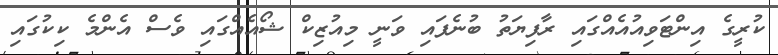
ކުރީގެ އިންޓަވިއުއެއްގައި ރާފިޔަތު ބުނެފައި ވަނީ މިއުޒިކް ޝޯއެއްގައި ވެސް އެންމެ ކިކުގައި